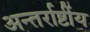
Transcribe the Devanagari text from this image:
अन्तर्राष्टींय